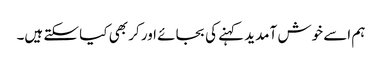
ہم اسے خوش آمدید کہنے کی بجائے اور کر بھی کیا سکتے ہیں۔